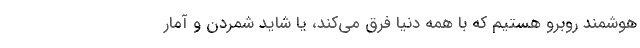
هوشمند روبرو هستیم که با همه دنیا فرق می‌کند، یا شاید شمردن و آمار